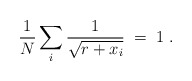
\begin{align*}{1\over N} \sum_i{1\over \sqrt{r+x_i}}\;=\;1 \; .\end{align*}